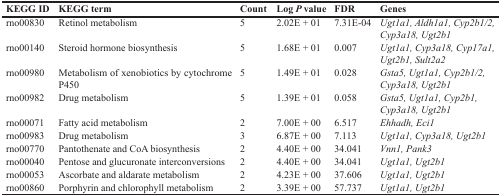
<table><thead><tr><td><b>KEGG ID</b></td><td><b>KEGG term</b></td><td><b>Count</b></td><td><b>Log <i>P</i> value</b></td><td><b>FDR</b></td><td><b>Genes</b></td></tr></thead><tbody><tr><td>rno00830</td><td>Retinol metabolism</td><td>5</td><td>2.02E + 01</td><td>7.31E-04</td><td><i>Ugt1a1, Aldh1a1, Cyp2b1/2, Cyp3a18, Ugt2b1</i></td></tr><tr><td>rno00140</td><td>Steroid hormone biosynthesis</td><td>5</td><td>1.68E + 01</td><td>0.007</td><td><i>Ugt1a1, Cyp3a18, Cyp17a1, Ugt2b1, Sult2a2</i></td></tr><tr><td>rno00980</td><td>Metabolism of xenobiotics by cytochrome P450</td><td>5</td><td>1.49E + 01</td><td>0.028</td><td><i>Gsta5, Ugt1a1, Cyp2b1/2, Cyp3a18, Ugt2b1</i></td></tr><tr><td>rno00982</td><td>Drug metabolism</td><td>5</td><td>1.39E + 01</td><td>0.058</td><td><i>Gsta5, Ugt1a1, Cyp2b1, Cyp3a18, Ugt2b1</i></td></tr><tr><td>rno00071</td><td>Fatty acid metabolism</td><td>2</td><td>7.00E + 00</td><td>6.517</td><td><i>Ehhadh, Eci1</i></td></tr><tr><td>rno00983</td><td>Drug metabolism</td><td>3</td><td>6.87E + 00</td><td>7.113</td><td><i>Ugt1a1, Cyp3a18, Ugt2b1</i></td></tr><tr><td>rno00770</td><td>Pantothenate and CoA biosynthesis</td><td>2</td><td>4.40E + 00</td><td>34.041</td><td><i>Vnn1, Pank3</i></td></tr><tr><td>rno00040</td><td>Pentose and glucuronate interconversions</td><td>2</td><td>4.40E + 00</td><td>34.041</td><td><i>Ugt1a1, Ugt2b1</i></td></tr><tr><td>rno00053</td><td>Ascorbate and aldarate metabolism</td><td>2</td><td>4.23E + 00</td><td>37.606</td><td><i>Ugt1a1, Ugt2b1</i></td></tr><tr><td>rno00860</td><td>Porphyrin and chlorophyll metabolism</td><td>2</td><td>3.39E + 00</td><td>57.737</td><td><i>Ugt1a1, Ugt2b1</i></td></tr></tbody></table>